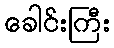
ခေါင်းကြီး